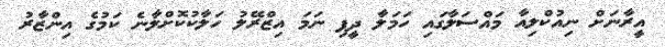
އީރާނަށް ނިއުކްލިއާ މައްސަލާގައި ހަމަލާ ދީފި ނަމަ އިޒްރޭލު ހަލާކުކޮށްލާނެ ކަމުގެ އިންޒާރު